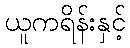
ယူကရိန်းနှင့်